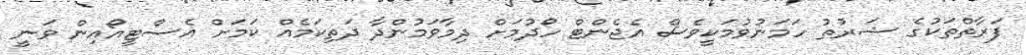
ފަރާތްތަކުގެ ޝަރުތު ހަމަނުވުމަކީވެސް އެޖެންޓް ހޯދުމަށް ދިމާވަމުންދާ ދަތިކަމެއް ކަމަށް އެސްޓީއޯއިން ވަނީ